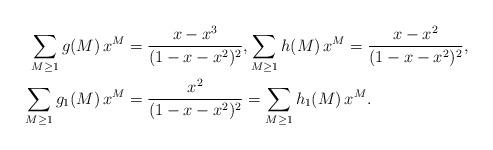
LaTeX: \begin{align*} \sum_{M\geq1}g(M)\,x^M&=\frac{x-x^3}{(1-x-x^2)^2}, \sum_{M\geq1}h(M)\,x^M=\frac{x-x^2}{(1-x-x^2)^2}, \\ \sum_{M\geq1}g_1(M)\,x^M&=\frac{x^2}{(1-x-x^2)^2}=\sum_{M\geq1}h_1(M)\,x^M. \end{align*}